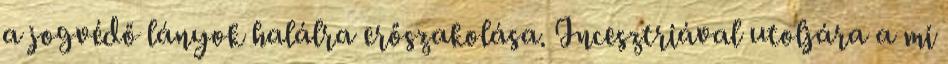
a jogvédő lányok halálra erőszakolása. Incesztriával utoljára a mi